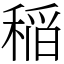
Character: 稲